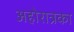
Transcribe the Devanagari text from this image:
अहोरात्रका